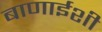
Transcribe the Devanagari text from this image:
बाणाईशी